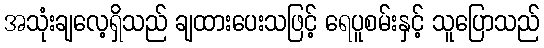
အသုံးချလေ့ရှိသည် ချထားပေးသဖြင့် ရေပူစမ်းနှင့် သူပြောသည်